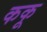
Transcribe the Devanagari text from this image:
ककू